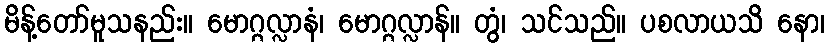
မိန့်တော်မူသနည်း။ မောဂ္ဂလ္လာနံ၊ မောဂ္ဂလ္လာန်။ တွံ၊ သင်သည်။ ပစလာယသိ နော၊